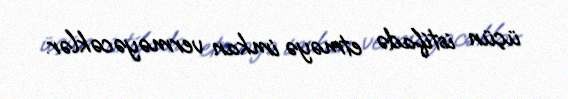
üçün istifadə etməyə imkan verməyəcəklər.